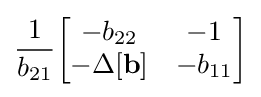
{\frac {1}{b_{21}}}{\begin{bmatrix}-b_{22}&-1\\-\Delta \mathbf {[b]} &-b_{11}\end{bmatrix}}